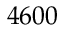
4 6 0 0